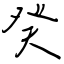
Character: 癸